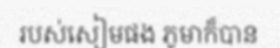
របស់សៀមផង ភូមាក៏បាន